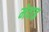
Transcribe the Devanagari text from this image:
मेवाइ